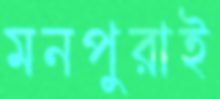
মনপুরাই